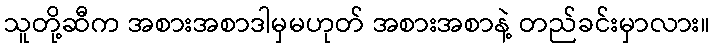
သူတို့ဆီက အစားအစာဒါမှမဟုတ် အစားအစာနဲ့ တည်ခင်းမှာလား။